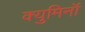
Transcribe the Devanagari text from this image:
क्युमिनॉ